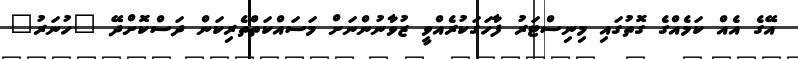
އޭގެ އެއް ކަމެއްގެ ގޮތުގައި މިނިސްޓަރު ފާހަގަކުރެއްވީ ޒުވާނުންނަށް މަސައްކަތްތެރިކަން ދަސްކޮށްދޭ "ހުނަރު"